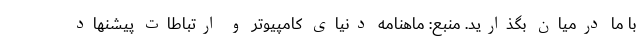
با ما درمیان بگذارید. منبع: ماهنامه دنیای کامپیوتر و ارتباطات پیشنهاد